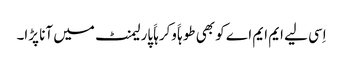
اِسی لیے ایم ایم اے کو بھی طوہاََ وکرہاََ پارلیمنٹ میں آنا پڑا۔